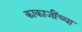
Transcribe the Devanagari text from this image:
काकाजींच्या